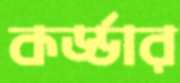
কর্ড্ডার